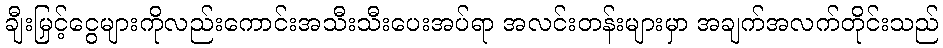
ချီးမြှင့်ငွေများကိုလည်းကောင်းအသီးသီးပေးအပ်ရာ အလင်းတန်းများမှာ အချက်အလက်တိုင်းသည်